Indian journal of veterinary science and animal husbandry - Volume 1,
Year: 1931
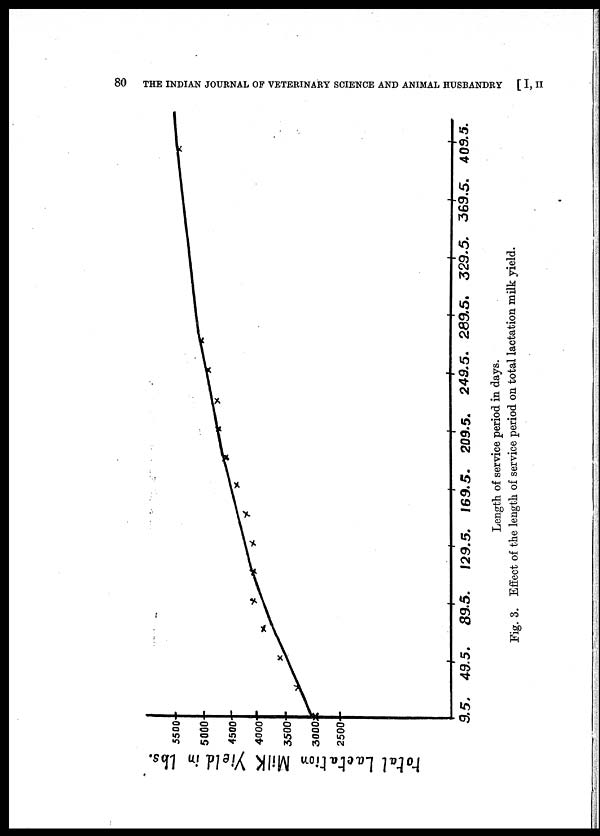
80 THE INDIAN JOURNAL OF VETERINARY SCIENCE AND ANIMAL HUSBANDRY [ I, II
Length
of
service
period
in
days.
Fig. 3. Effect of the length of service period on total lactation milk yield.